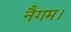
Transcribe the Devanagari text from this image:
नैगम।